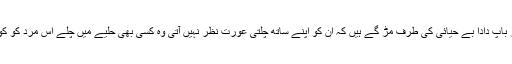
ایک بات سمجھ نہیں آتی کہ یا تو بچے بہت زیادہ ماڈرن ہو گئے ہیں یا پھر باپ دادا بے حیائی کی طرف مڑ گے ہیں کہ ان کو اپنے ساتھ چلتی عورت نظر نہیں آتی وہ کسی بھی حلیے میں چلے اس مرد کو کوئی فرق نہیں پڑتا اس میں حیا عورت کی نہیں مرد کی ہی ختم ہوگئی ہے ۔